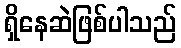
ရှိနေဆဲဖြစ်ပါသည်